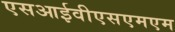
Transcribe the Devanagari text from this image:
एसआईवीएसएमएम